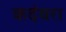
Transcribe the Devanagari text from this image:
कदंबरा